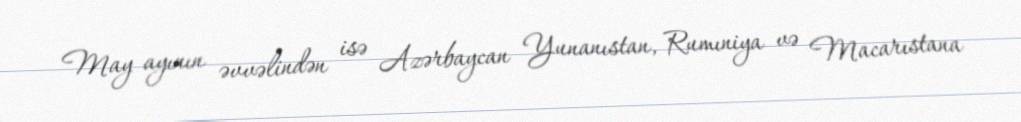
May ayının əvvəlindən isə Azərbaycan Yunanıstan, Rumıniya və Macarıstana